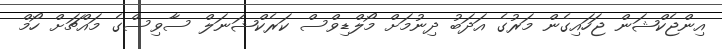
އިންޖެކްޝަން ޖަހައިގެން މަރުގެ އަދަބު ދިނުމަށް މޯލްޑިވްސް ކަރެކްޝަނަލް ސާވިސްގެ މައްޗަށް ހޯމް